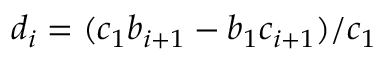
d _ { i } = ( c _ { 1 } b _ { i + 1 } - b _ { 1 } c _ { i + 1 } ) / c _ { 1 }